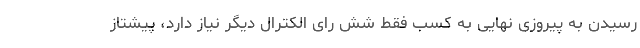
رسیدن به پیروزی نهایی به کسب فقط شش رای الکترال دیگر نیاز دارد، پیشتاز